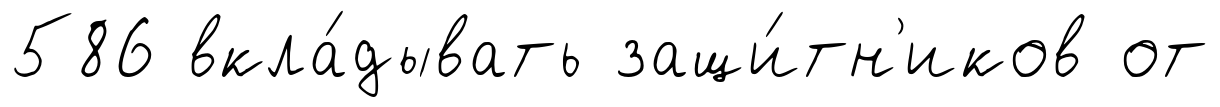
586 вкла́дывать защи́тн'иков от